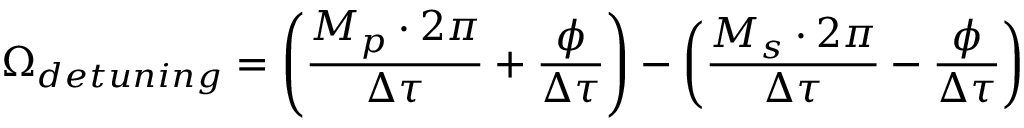
\Omega _ { d e t u n i n g } = \left( \frac { M _ { p } \cdot 2 \pi } { \Delta \tau } + \frac { \phi } { \Delta \tau } \right) - \left( \frac { M _ { s } \cdot 2 \pi } { \Delta \tau } - \frac { \phi } { \Delta \tau } \right)